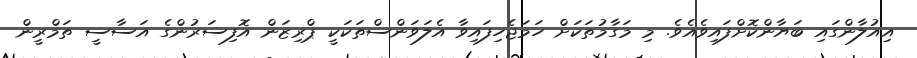
އިއުލާންގައި ބަޔާންކޮށްފައިވެއެވެ. މި މަގާމުތަކަށް ހަމަޖެހިފައިވާ އެލަވަންސްތަކަކީ ޕްރިޒަން އޮފިސަރުންގެ އަސާސީ ތަމްރީން